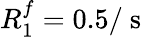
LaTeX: R_{1}^{f}=0.5/\mathrm{~s~}